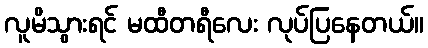
လူမိသွားရင် မထီတရီလေး လုပ်ပြနေတယ်။